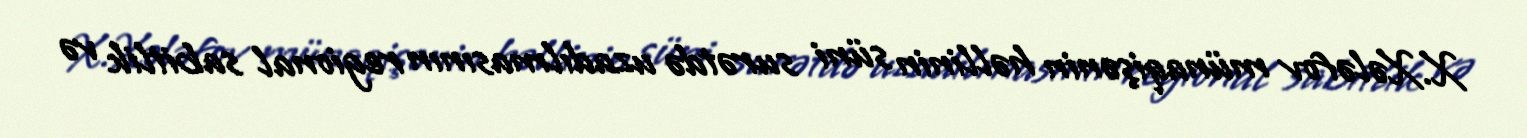
X.Xələfov münaqişənin həllinin süni surətdə uzadılmasının regional sabitlik və